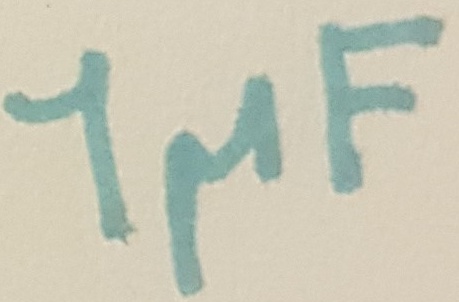
Text: 1µF